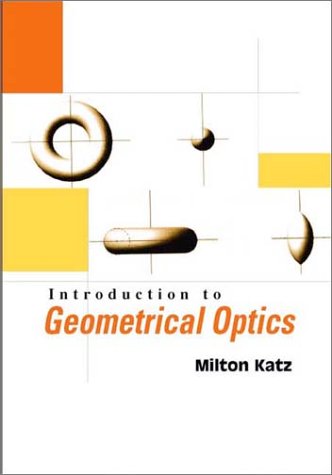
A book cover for Introduction to Geometrical Optics; Milton Katz; Medical Books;